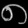
Digit: ၈